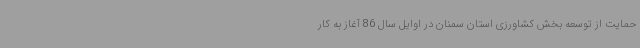
حمایت از توسعه بخش کشاورزی استان سمنان در اوایل سال 86 آغاز به کار